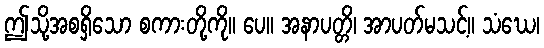
ဤသို့အစရှိသော စကားတို့ကို။ ပေ။ အနာပတ္တိ၊ အာပတ်မသင့်။ သံဃေ၊